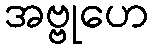
အဗ္ဗုဟေ